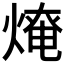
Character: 𤌥